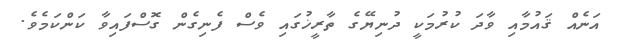
އަނެއް ޤައުމާއި ވާދަ ކުރުމަކީ ދުނިޔޭގެ ތާރީޚުގައި ވެސް ފެނިގެން ގޮސްފައިވާ ކަންކަމެވެ.